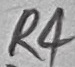
Text: R4